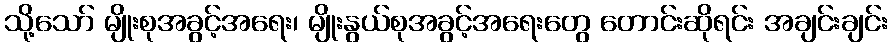
သို့သော် မျိုးစုအခွင့်အရေး၊ မျိုးနွယ်စုအခွင့်အရေးတွေ တောင်းဆိုရင်း အချင်းချင်း